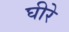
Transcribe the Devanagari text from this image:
घीरे